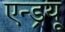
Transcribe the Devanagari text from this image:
एन्‍ड्रयू